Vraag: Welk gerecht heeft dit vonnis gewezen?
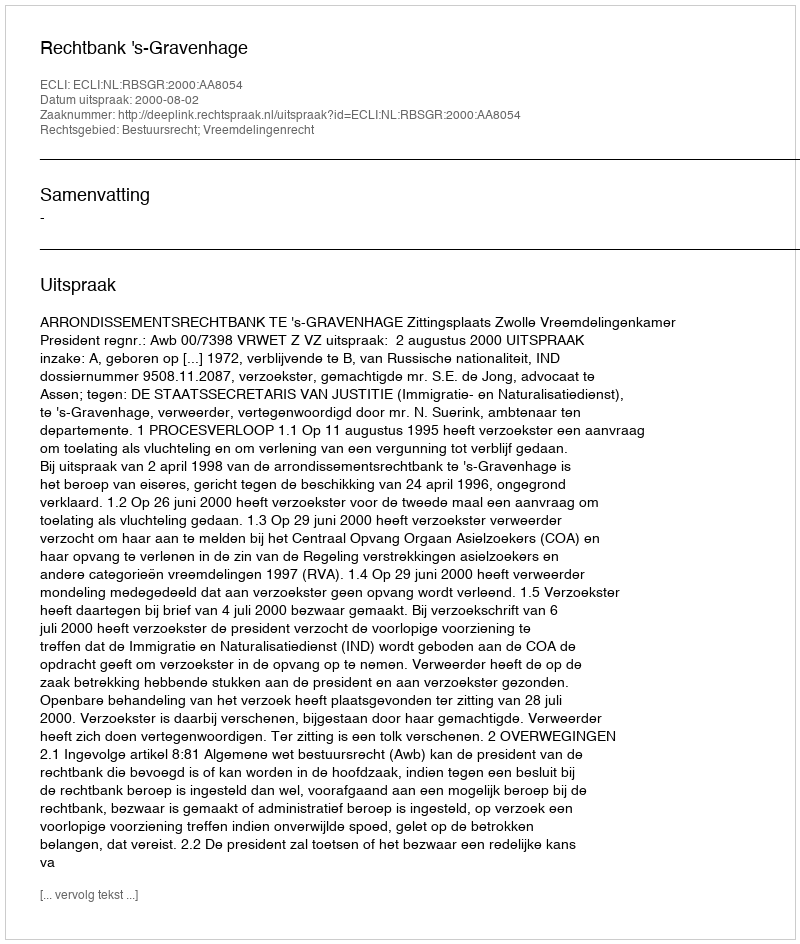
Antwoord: Rechtbank 's-Gravenhage